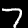
Digit: 7